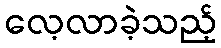
လေ့လာခဲ့သည့်